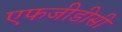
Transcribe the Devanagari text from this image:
एफजीडीसी